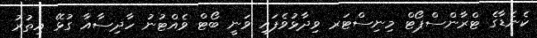
ކެނެޑާގެ ޓްރާންސްޕޯޓް މިނިސްޓަރ ވިދާޅުވެފައި ވަނީ ބޯޓް ވެއްޓުނު ހާދިސާއާ ގުޅޭ އިތުރު